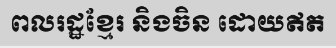
ពលរដ្ឋខ្មែរ និងចិន ដោយឥត